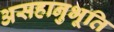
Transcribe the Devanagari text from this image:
असहानुभूति